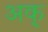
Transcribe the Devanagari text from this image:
अक्